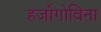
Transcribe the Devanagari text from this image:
हर्जोगोविना